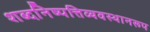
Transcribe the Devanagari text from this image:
शब्दनिष्पत्तिव्यवस्थानरूप